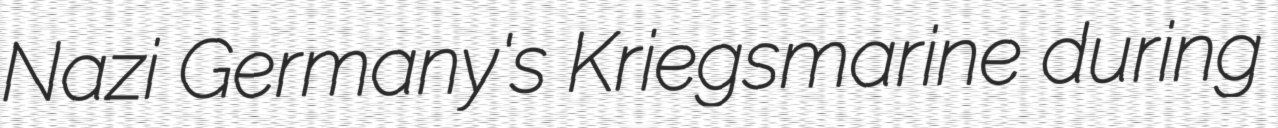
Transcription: Nazi Germany's Kriegsmarine during